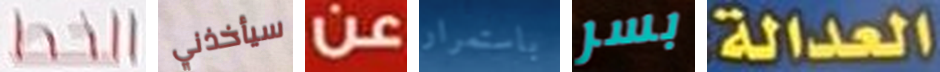
الخط سيأخذني عن باستمرار بسر العدالة: